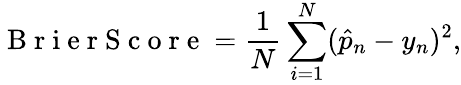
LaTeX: \mathrm{~B~r~i~e~r~S~c~o~r~e~}=\frac{1}{N}\sum_{i=1}^{N}(\hat{p}_{n}-y_{n})^{2},